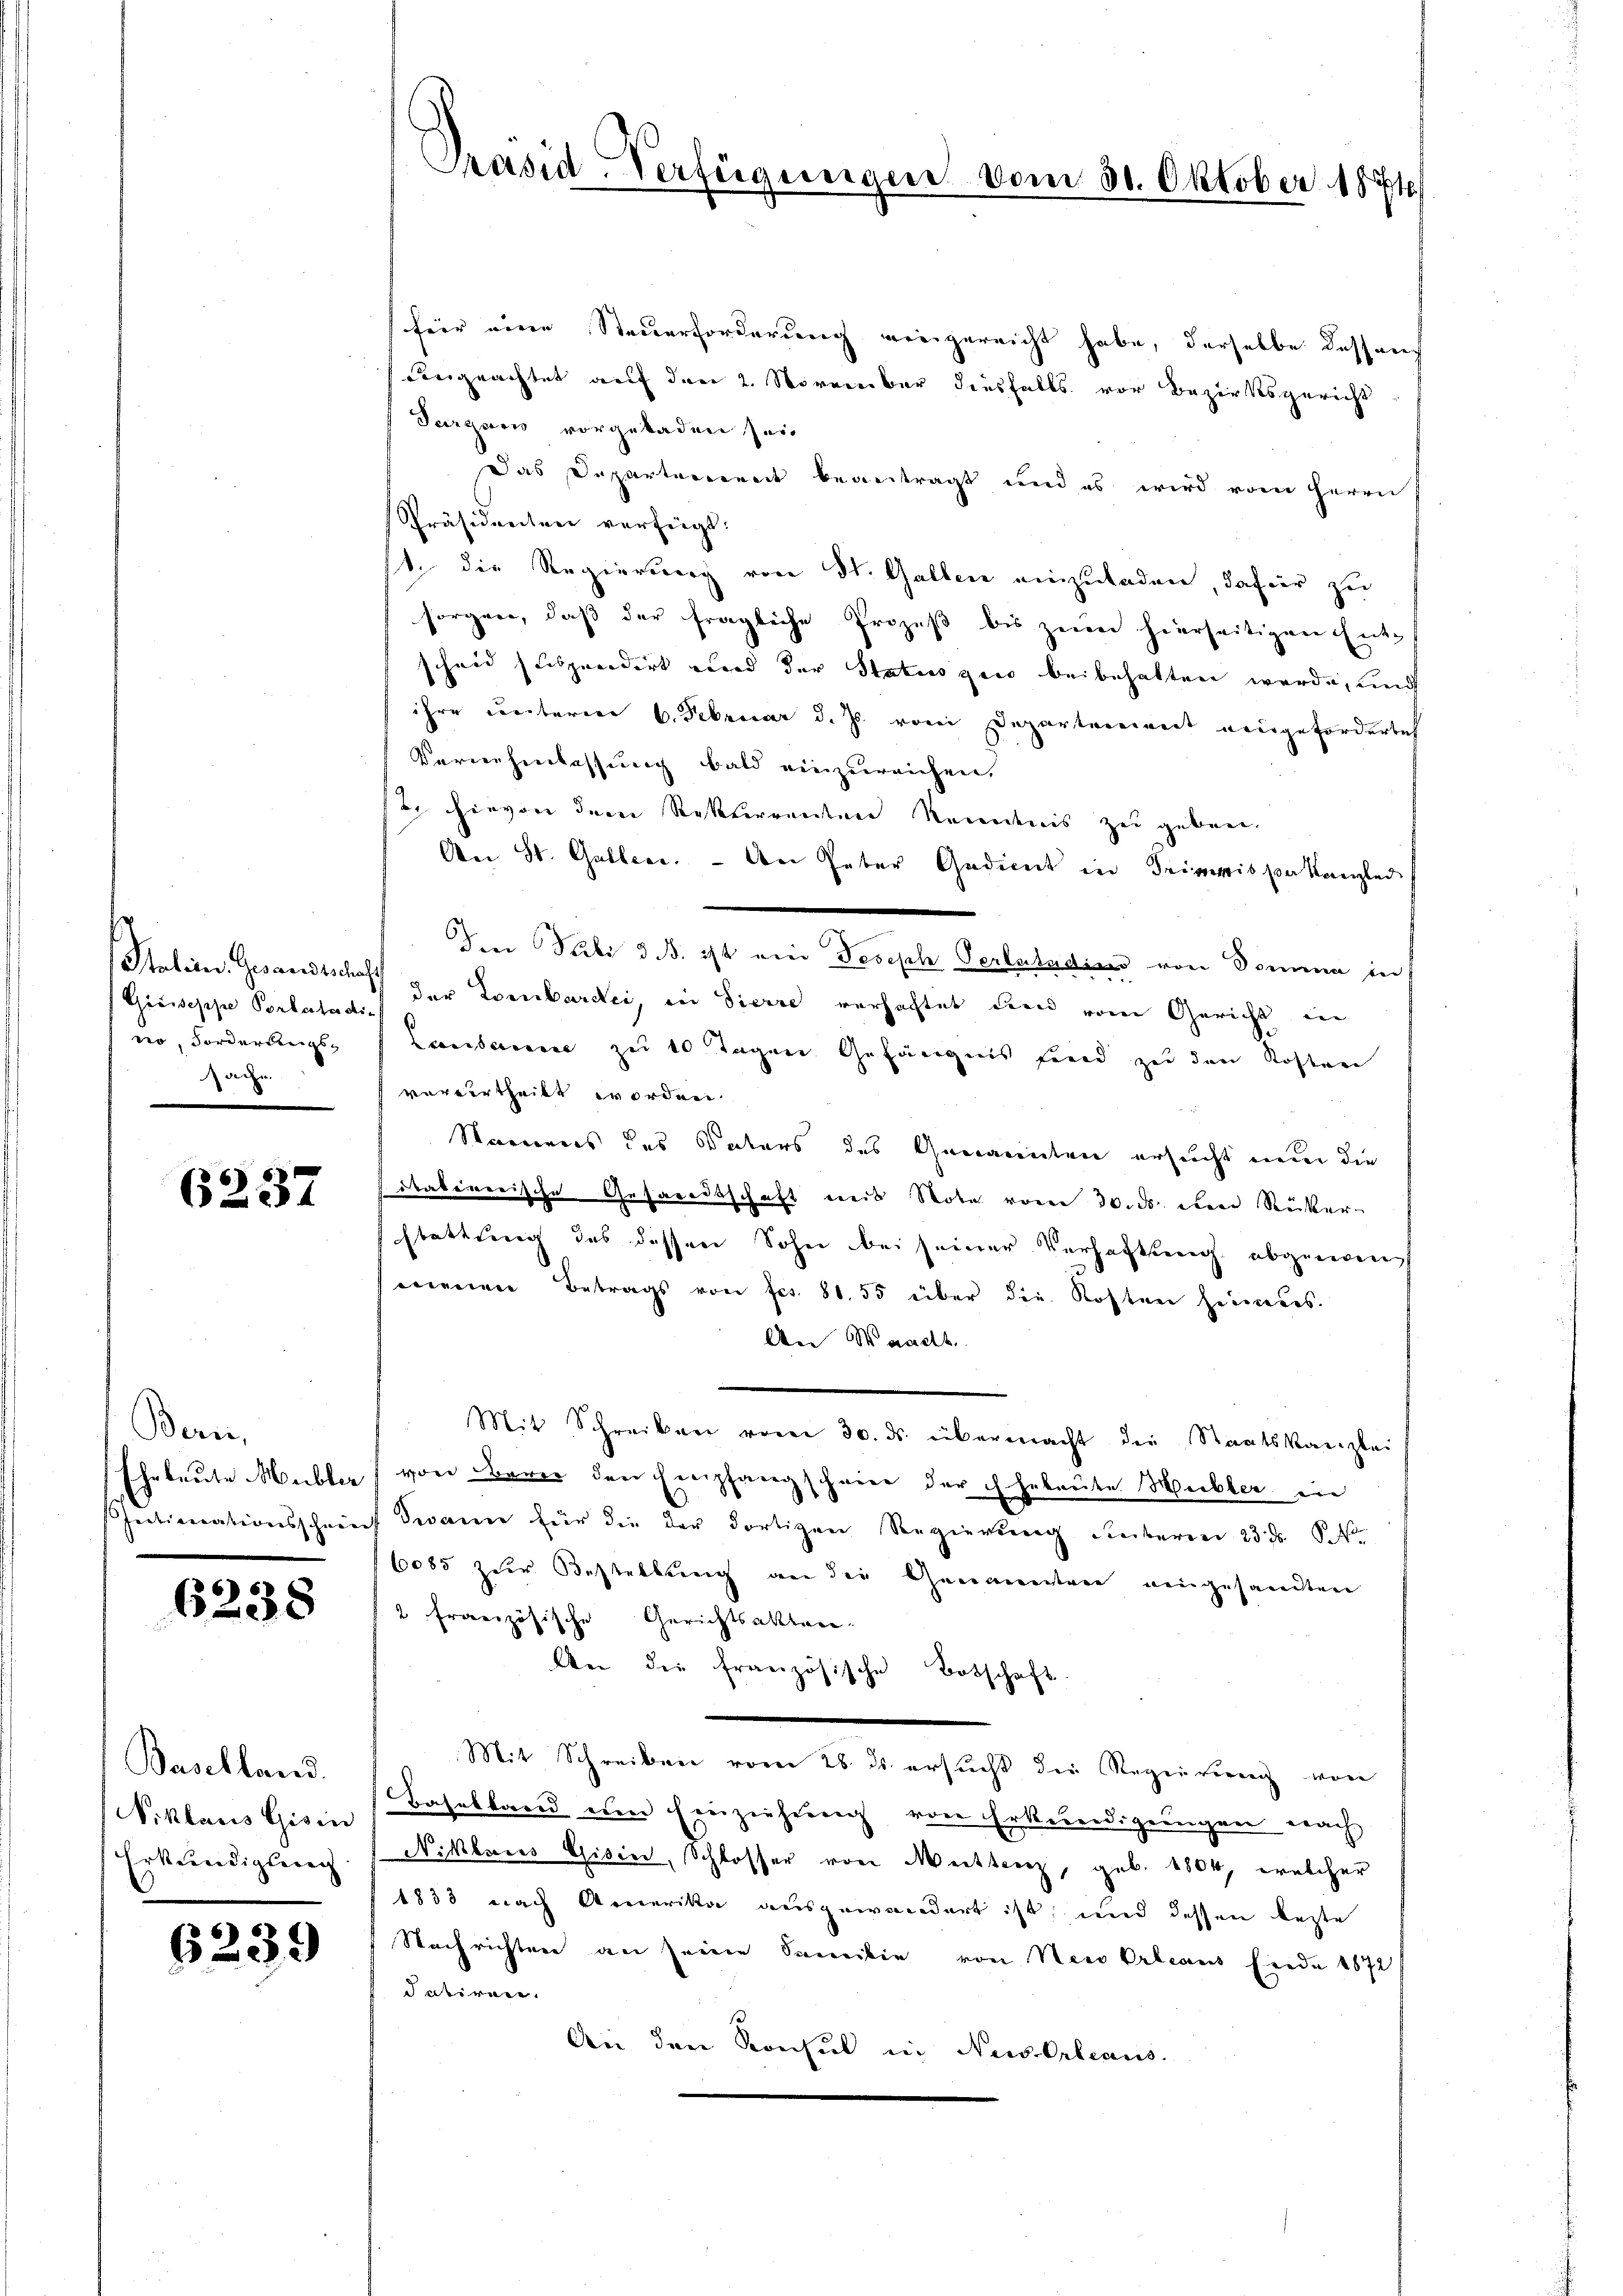
Giuseppe Portete die
o, Forderungs-
sache.
.

6237

Bern,

6238

Baselland
Niklaus Gisin
Erkundigung

6239

hier eine Steuerforderung eingereicht habe, derselbe dass auch
vngeachtet auf den 2. November diesfalls vor Bezirksgericht
Sargaris vorgeladen sei
Das Departarereit beantragt und es wird vom Herrn
Präsidenten verfügt:
1. die Regierung von St. Gallen einzuladen, dafür zu
sorgen, daß der fragliche Prozeß bis zum hierseitigen Ent-
scheid suspendirt und der Status gen beibehalten werde, und
ihre unterner 6. Februar d. Js. vom Departenwert neugeforderlich
Vernehmlassung bald einzureichen.
2. hievon dem Rekterrenten Kenntnis zu geben.
An St. Galleer. - An Peter Gedient in Trimmis par Kanzlei
Ien Stibi 3 B. ist ein Joseph Perlstadius von Domina in
Station. Gesandtschaff der Lombarden, in Pierre versachtet die vom Gericht, in
Lausanne zu 10 Tagen Gefängnis fond zu den Kosten
vorvertheilt worden.
Namens des Vaters des Genannten ersucht nun die
sitatinerische Gesandtschaft mit Note vom 30. ds. den Ricker-
stattung des dessen Sohn bei seiner Verhaftung abgenom
menen Betrags von fes. 81. 55 über die Kosten heimers.
An Waadt.
Mit Schreiben vom 30. ds. übermacht die Staatskanzlei
Eheleute Nübler von berer den Empfangschwere der Eheleute Heibler in
Intimationsschrich dann für die der dortigen Regierŭng überner 23. ds. S. 4
6085 zur Bestellung an die Genauestern eingesandten
2 französische Gerichtsakten.
An die französische Botschaft.
Mit Schreiben vom 28. ds. ersucht die Regierung von
Baselland um Einziehung von Erkundigungen nach
Niklaus Gisin, Schlosser von Meistenz, geb. 1804, welcher
1833 nach Amerika ausgewandert ist; und dessen beste
Nachrichten an seine Familie von Neu Orleaus Einde 1872
datiren.
An den Konsul in New-Orleans

Präsid-Verfügungen vom 31. Oktober 1874